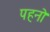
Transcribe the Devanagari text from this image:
पहनो